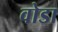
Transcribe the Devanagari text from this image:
वोडा